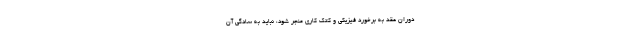
دوران عقد به برخورد فیزیکی و کتک کاری منجر شود، نباید به سادگی آن